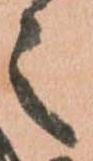
之